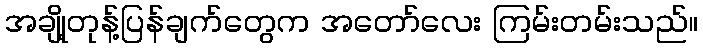
အချို့တုန့်ပြန်ချက်တွေက အတော်လေး ကြမ်းတမ်းသည်။